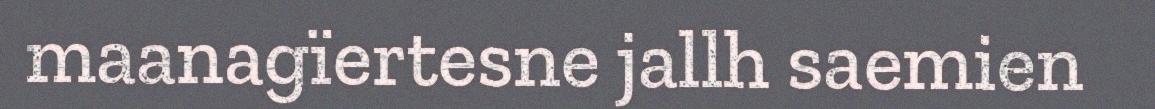
maanagïertesne jallh saemien